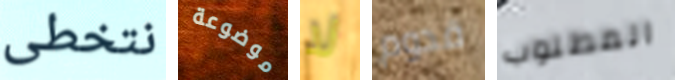
نتخطى موضوعة لا قدوم المطلوب